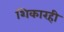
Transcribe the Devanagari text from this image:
शिकारही